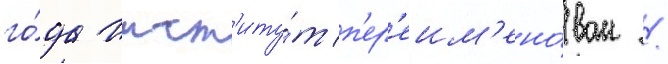
го́да инст'иту́т п'ер'еим'ено́ван /